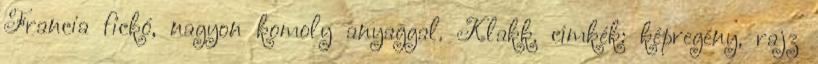
Francia fickó, nagyon komoly anyaggal. Klakk. címkék: képregény, rajz